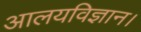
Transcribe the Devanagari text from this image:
आलयविज्ञान।